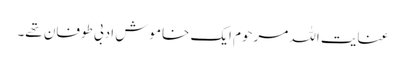
عنایت اللہ مرحوم ایک خاموش ادبی طوفان تھے۔